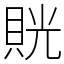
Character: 𧵦